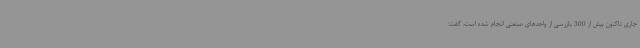
جاری تاکنون بیش از 300 بازرسی از واحدهای صنعتی انجام شده است، گفت: